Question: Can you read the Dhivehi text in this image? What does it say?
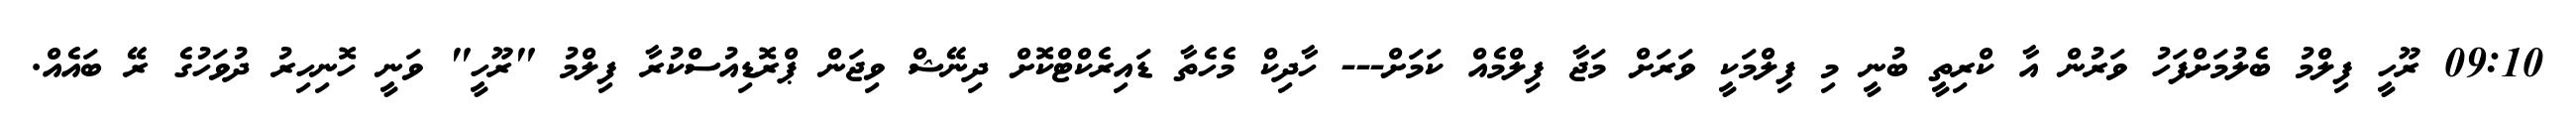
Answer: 09:10 ރޫހީ ފިލްމު ބެލުމަށްފަހު ވަރުން އާ ކްރިތީ ބުނީ މި ފިލްމަކީ ވަރަށް މަޖާ ފިލްމެއް ކަމަށް--- ހާދިކް މެހެތާ ޑައިރެކްޓްކޮށް ދިނޭޝް ވިޖަން ޕްރޮޑިއުސްކުރާ ފިލްމު "ރޫހީ" ވަނީ ހޮނިހިރު ދުވަހުގެ ރޭ ބައެއް.